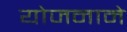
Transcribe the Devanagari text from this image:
योजनाने